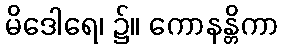
မိဒေါရေ၊ ၌။ ကောနန္တိကာ